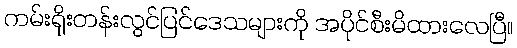
ကမ်းရိုးတန်းလွင်ပြင်ဒေသများကို အပိုင်စီးမိထားလေပြီ။